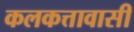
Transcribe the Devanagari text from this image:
कलकत्तावासी